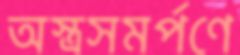
অস্ত্রসমর্পণে